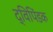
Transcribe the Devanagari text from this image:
द्विपिंडक